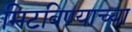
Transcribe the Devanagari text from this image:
मिटविण्याच्या